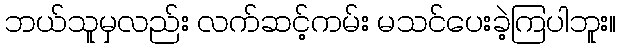
ဘယ်သူမှလည်း လက်ဆင့်ကမ်း မသင်ပေးခဲ့ကြပါဘူး။